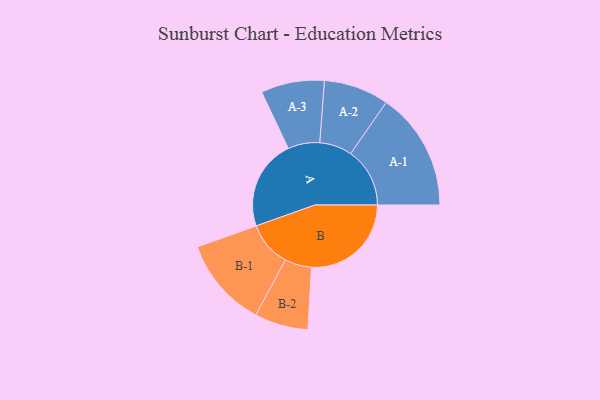
{"axis": {"x": "Segment", "y": "Value"}, "legend": ["", "A", "B"], "data": [{"x": "A", "y": 424, "type": ""}, {"x": "B", "y": 469, "type": ""}, {"x": "A-1", "y": 278, "type": "A"}, {"x": "A-2", "y": 153, "type": "A"}, {"x": "A-3", "y": 149, "type": "A"}, {"x": "B-1", "y": 212, "type": "B"}, {"x": "B-2", "y": 126, "type": "B"}]}